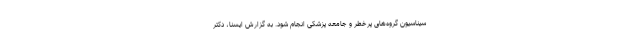
سیناسیون گروه‌های پرخطر و جامعه پزشکی انجام شود. به گزارش ایسنا، دکتر